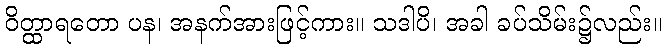
ဝိတ္ထာရတော ပန၊ အနက်အားဖြင့်ကား။ သဒါပိ၊ အခါ ခပ်သိမ်း၌လည်း။